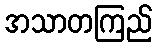
အသာတကြည်